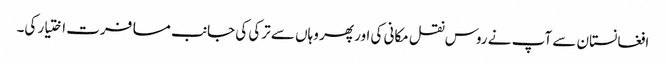
افغانستان سے آپ نے روس نقل مکانی کی اور پھر وہاں سے ترکی کی جانب مسافرت اختیار کی۔